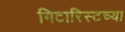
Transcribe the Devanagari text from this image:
गिटारिस्टच्या